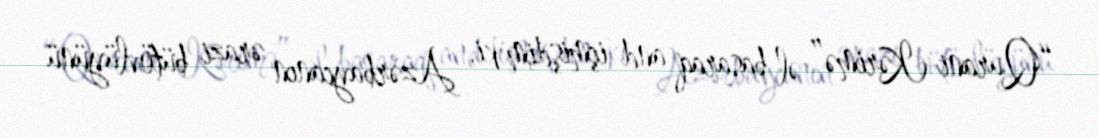
“Qurani-Kərimə” əl basaraq and içmişdim ki, Azərbaycanın ərazi bütövlüyünü